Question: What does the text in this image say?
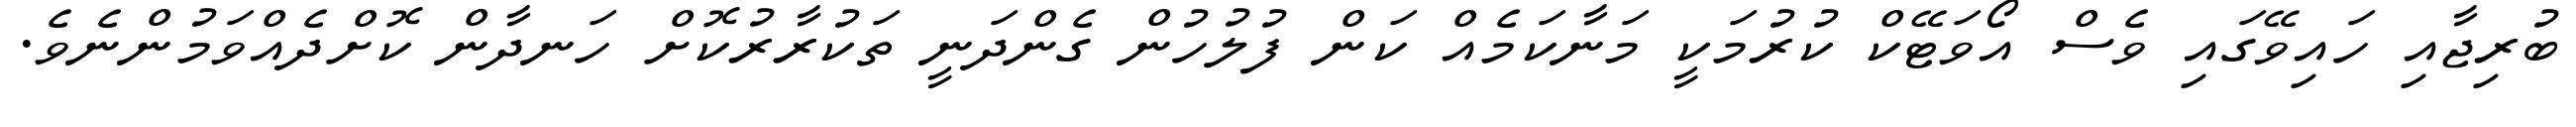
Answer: ބުރިޖާއި ހައިވޭގައި ވެސް އޯވަޓޭކް ކުރުމަކީ މަނާކަމެއް ކަން ފުލުހުން ގެންދަނީ ތަކުރާރުކޮށް ހަނދާން ކޮށްދެއްވަމުންނެވެ.